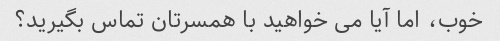
خوب، اما آیا می خواهید با همسرتان تماس بگیرید؟